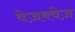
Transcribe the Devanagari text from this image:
वेज़क्वेज़